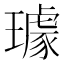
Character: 璩